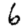
Digit: 6